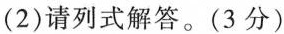
(2)请列式解答。(3分)